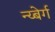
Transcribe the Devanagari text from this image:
न्य्बेर्ग